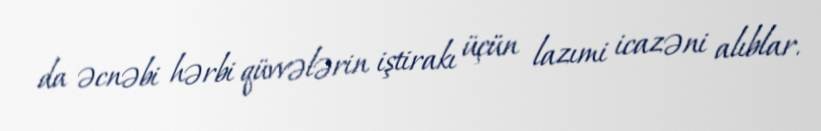
da əcnəbi hərbi qüvvələrin iştirakı üçün lazımi icazəni alıblar.